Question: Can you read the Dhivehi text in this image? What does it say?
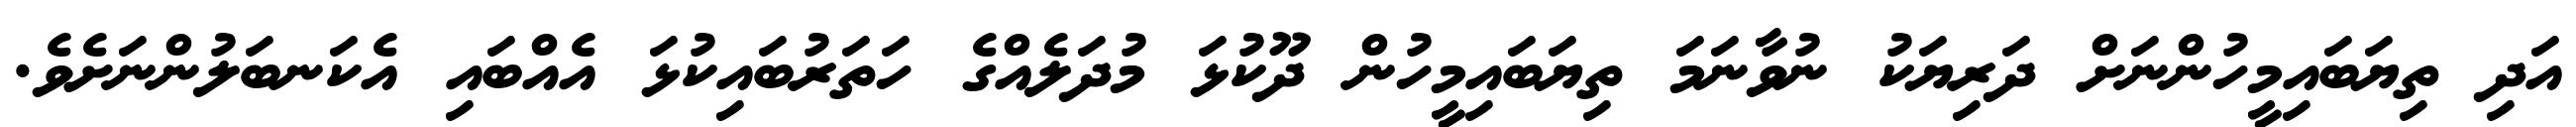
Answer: އަދި ތިޔަބައިމީހުންނަށް ދަރިޔަކު ނުވާނަމަ ތިޔަބައިމީހުން ދޫކުޅަ މުދަލެއްގެ ހަތަރުބައިކުޅަ އެއްބައި އެކަނބަލުންނަށެވެ.